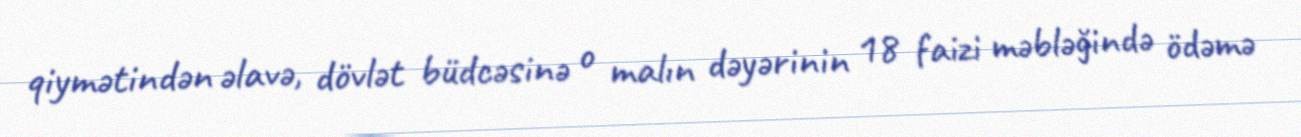
qiymətindən əlavə, dövlət büdcəsinə o malın dəyərinin 18 faizi məbləğində ödəmə